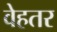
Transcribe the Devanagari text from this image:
वेहतर